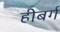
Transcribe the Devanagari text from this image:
हीबर्ग